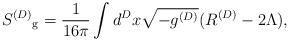
LaTeX: \begin{align*}{S^{(D)}}_{\rm g} = \frac{1}{16\pi }\int d^Dx \sqrt{-g^{(D)}}(R^{(D)} - 2\Lambda), \end{align*}